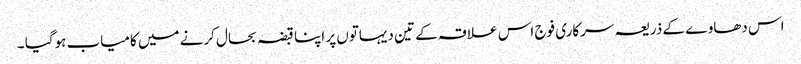
اس دھاوے کے ذریعہ سرکاری فوج اس علاقہ کے تین دیہاتوں پر اپنا قبضہ بحال کرنے میں کامیاب ہوگیا ۔